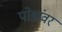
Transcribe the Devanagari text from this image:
पोडांवर